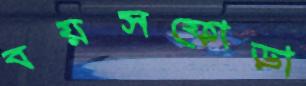
বয়সফোড়া